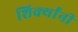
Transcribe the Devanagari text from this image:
शिर्क्यांनी